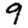
Digit: 9